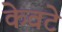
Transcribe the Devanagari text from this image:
केवटे